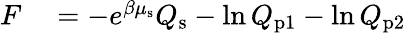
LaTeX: \begin{array}{rl}{F}&{{}=-e^{\beta\mu_{\mathrm{s}}}Q_{\mathrm{s}}-\ln Q_{\mathrm{p}1}-\ln Q_{\mathrm{p}2}}\end{array}